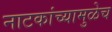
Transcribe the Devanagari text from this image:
नाटकांच्यामुळेच